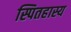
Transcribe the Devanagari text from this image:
स्पितहास्य